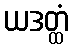
ယဒတ္ထံ